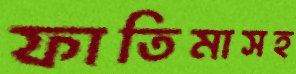
ফাতিমাসহ